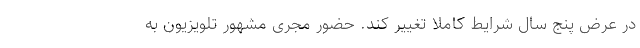
در عرض پنج سال شرایط کاملا تغییر کند. حضور مجری مشهور تلویزیون به